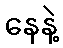
နေနဲ့